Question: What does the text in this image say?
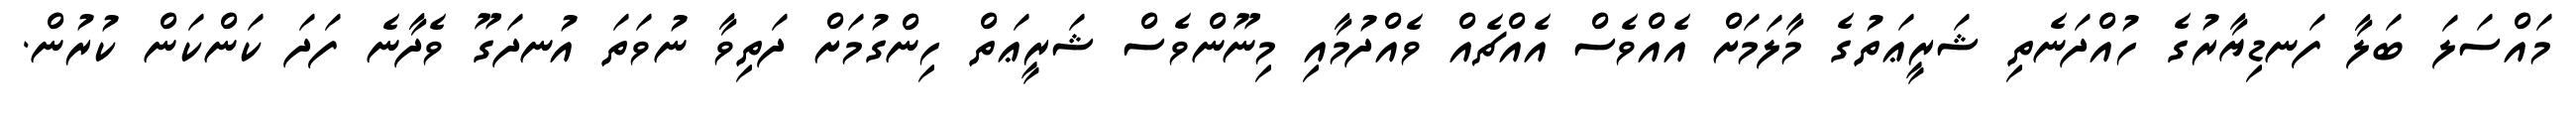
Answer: މައްސަލަ ބަލާ ފަނޑިޔާރުގެ ހުއްދަނެތި ޝަރީޢަތުގެ މާލަމަށް އެއްވެސް އެއްޗެއް ވެއްދުމާއި މިނޫންވެސް ޝަރީޢަތް ހިންގުމަށް ދަތިވާ ނުވަތަ އުނދަގޫ ވެދާނެ ފަދަ ކަންކަން ކުރުން.